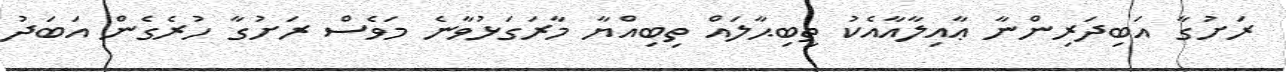
ރަށުގާ އަބިދަރިންނާ ޢާއިލާއާއެކު ތިބިޙާލައް ތިބިއްޔާ މާރަގަޅުވާނެ މަވެސް ރަށުގާ ހުރެގެން އަބަދު